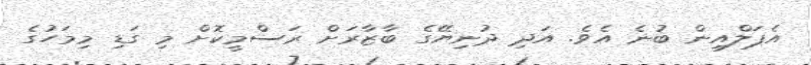
އެޕަލްއިން ބުނެ އެވެ. އަދި ދުނިޔޭގެ ބާޒާރަށް ރަސްމީކޮށް މި ގަޑި މިމަހުގެ